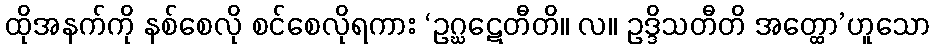
ထိုအနက်ကို နစ်စေလို စင်စေလိုရကား ‘ဥဂ္ဃဋေတီတိ။ လ။ ဥဒ္ဒိသတီတိ အတ္ထော’ဟူသော